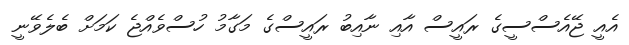
އެއީ ޖޭއެސްސީގެ ރައީސް އާއި ނާއިބު ރައީސްގެ މަގާމު ހުސްވެއްޖެ ކަމަށް ބެލެވޭނީ